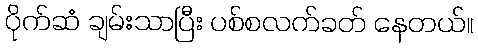
ပိုက်ဆံ ချမ်းသာပြီး ပစ်စလက်ခတ် နေတယ်။